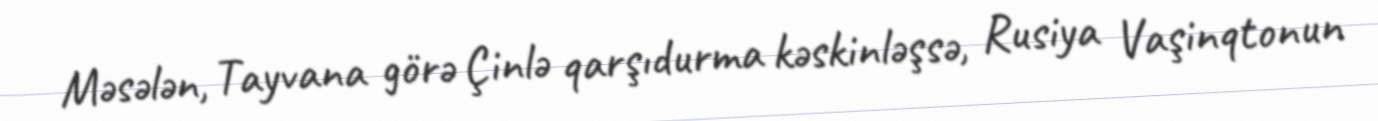
Məsələn, Tayvana görə Çinlə qarşıdurma kəskinləşsə, Rusiya Vaşinqtonun